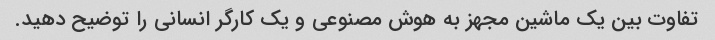
تفاوت بین یک ماشین مجهز به هوش مصنوعی و یک کارگر انسانی را توضیح دهید.